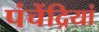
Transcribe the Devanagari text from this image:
पंचेंद्रियां